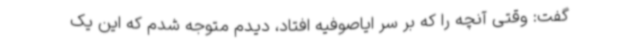
گفت: وقتی آنچه را که بر سر ایاصوفیه افتاد، دیدم متوجه شدم که این یک